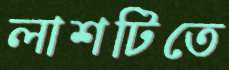
লাশটিতে